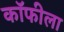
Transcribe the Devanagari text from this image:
कॉफीला